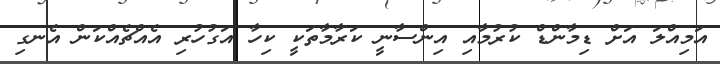
އަމިއްލަ އަށް ޑިމާންޑް ކުރުމާއި އިންސާނީ ކަރާމާތަކީ ކިހާ އަގުހުރި އެއްޗެއްކަން އެނގި